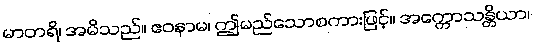
မာတရိ၊ အမိသည်။ ဧဝနာမ၊ ဤမည်သောစကားဖြင့်။ အက္ကောသန္တိယာ၊